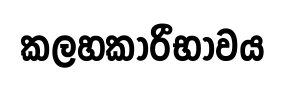
කලහකාරීභාවය